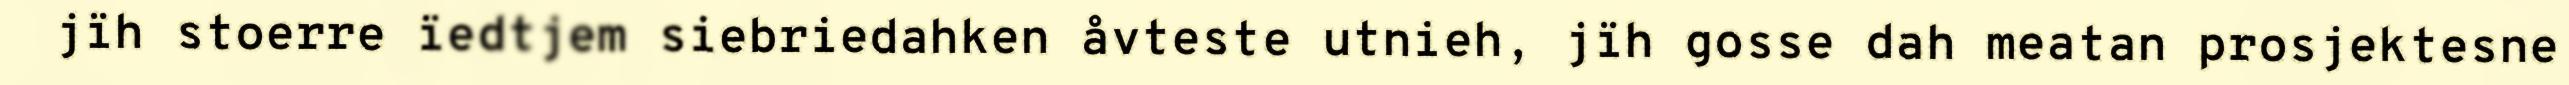
jïh stoerre ïedtjem siebriedahken åvteste utnieh, jïh gosse dah meatan prosjektesne